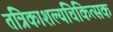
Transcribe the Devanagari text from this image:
तंत्रिकाशल्यचिकित्सक